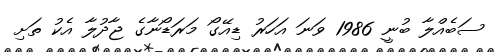
ސަބެއްލާ ބުނީ 1986 ވަނަ އަހަރު ޑިއޭގޯ މަރަޑޯނާގެ ޖާދުލާ އެކު ތަށި